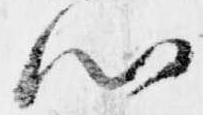
心